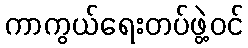
ကာကွယ်ရေးတပ်ဖွဲ့ဝင်